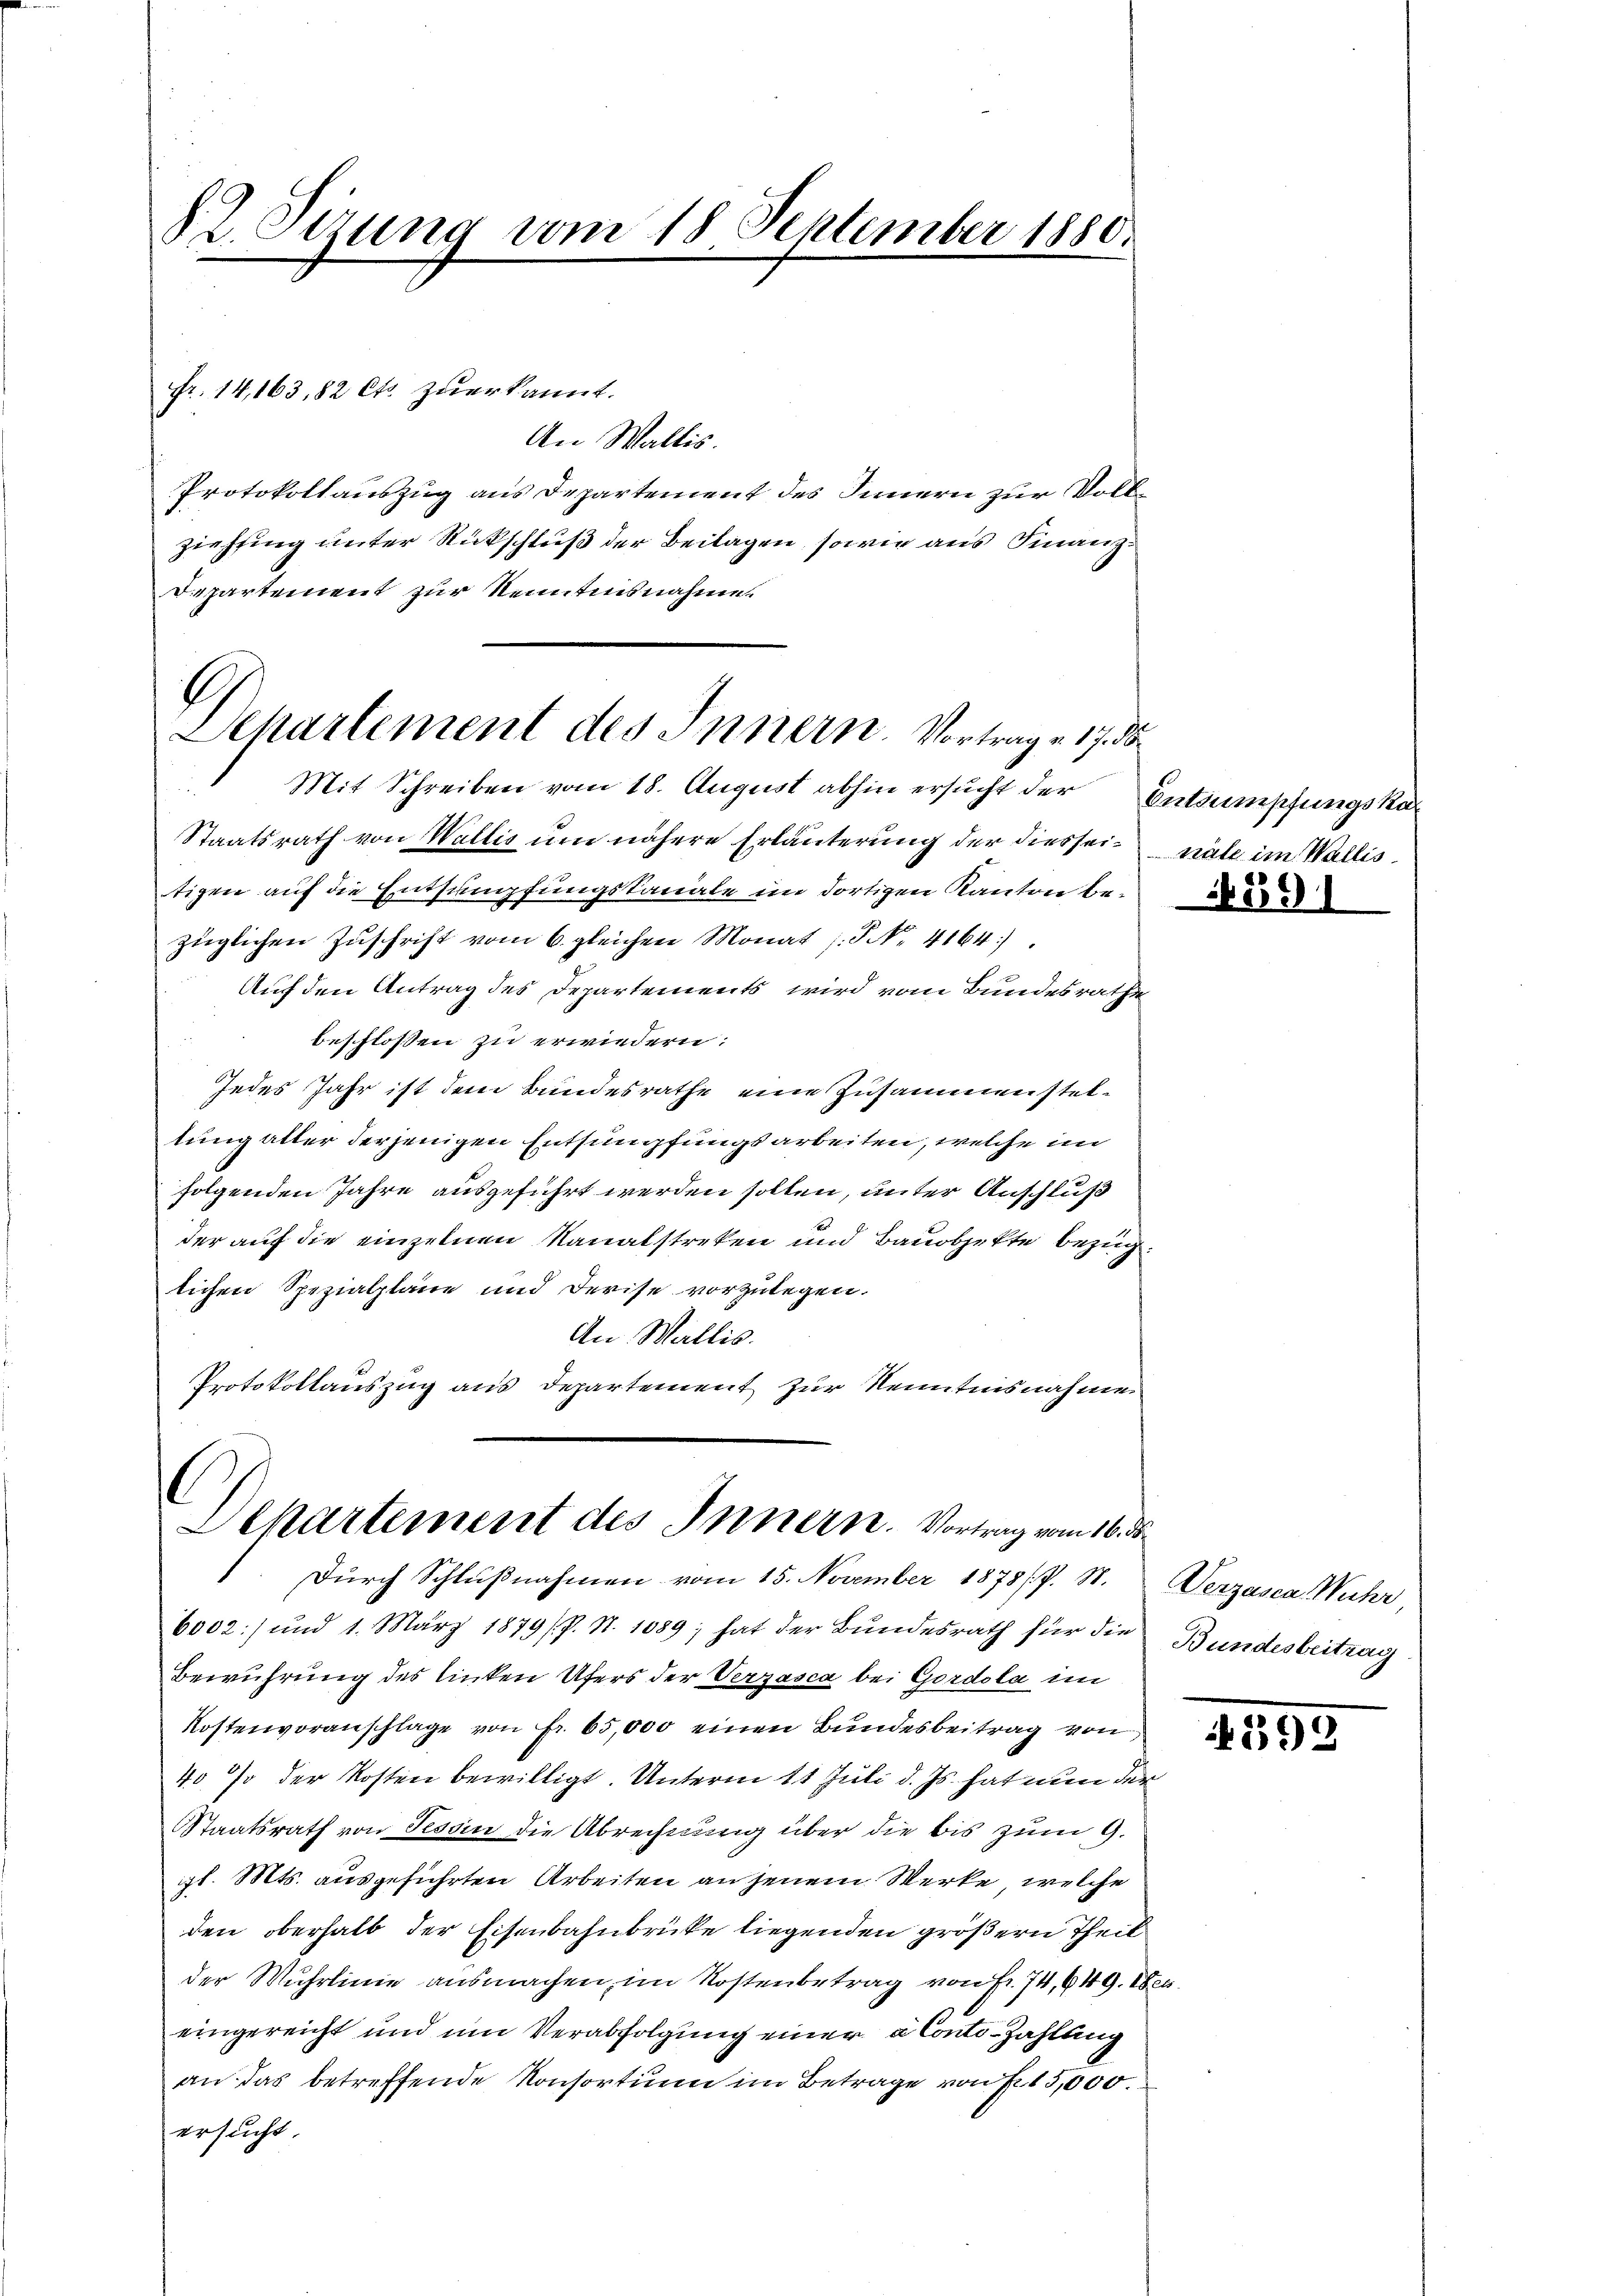
§. 2. Sizung vom 18 September 1880.
2

Fr. 14,163, 82 Cts. zuerkannt.
An Wallis.
Protokollauszug aus Departement des Innern zur Voll¬
Ziehfing unter Rückschluß der Beilagen, sowie aus Finanz
Departement zur Kenntnisnahme.

1
Departement des Innern. Vortrage 17. d

Mit Schreiben vom 18. August abhin ersucht der Entäuschungskur
Staatsrath von Wallis um nähere Erläuterung der diesseitigen auf die Entsumpfungskanale im dortigen Kanton bezüglichen Zŭschrift vom 6. gleichen Monat s. S. 4164).
Auf den Antrag des Departements wird vom Bundesrathe
beschlossen zu erwiedern:
Jedes Jahr ist dem Bundesrathe eine Zusammensteltung aller derjenigen Entsumpfungsarbeiten, welche im
folgenden Jahre ausgeführt werden sollen, unter Anschluß
der auf die einzelnen Kanalstreken und Bauobjekte bezug.
lichen Spezialpläne und Derise vorzulegen.
An Wallis.
Protokollauszug aus Departement zur Kenntnisnahmen

Departement des Innern. Vortrag vom 16. ds
Durch Schlußnahmen vom 15. November 1878 / P. S.

näle im Wallis.

6002:/ und 1. März 1879 /P. Nr. 1089; hat der Bundesrath für die Bundesbeitrag
Berührung des linken Ufers der Verzasca bei Gordola im
Kostenvoranschlage von Fr. 65,000 einen Bundesbeitrag von
40 % der Kosten bewilligt. Unterm 11 Juli d. Js. hat nun der
Staatsrath von Tessin die Abrechnung über die bis zum 9.
gl. Mts. ausgeführten Arbeiten an jenem Werke, welche
den oberhalb der Eisenbahnbrücke liegenden größern Theil
der Wuhrlinie ausmachen, im Kostenbetrag von Fr. 74, 649. Wen
eingereicht und um Verabfolgung einer à Conti-Zahlung
an das betreffende Konsortium im Betrage von Fr. 15,000.
ersucht.

Verzasca Wuhr,

4399